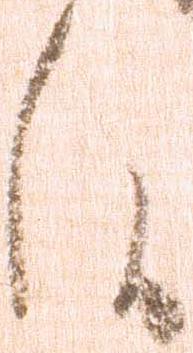
候